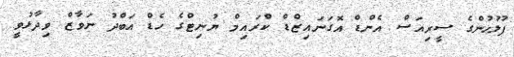
ފުލުހުންގެ ސީރިއަސް އެންޑް އޮގަނައިޒްޑް ކްރައިމް ޔުނިޓްގެ ހެޑް އަބްދު ނަވާޒް ވިދާޅުވީ